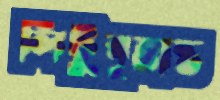
লিটুবৃত্তান্ত